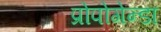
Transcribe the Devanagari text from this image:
प्रोपोगेन्डा